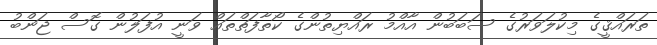
ތަރައްޤީގެ މިކުލަވަރުގެ ސަބަބުން އާއްމު ރައްޔިތުންގެ ކޯތާފަތްތައް ވަނީ އުފަލުން ގޮސް ޖަންބު